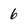
Character: 6